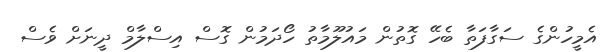
އެމީހުންގެ ސަގާފަތާ ބެހޭ ގޮތުން މައުލޫމާތު ހޯދަމުން ގޮސް އިސްލާމް ދީނަށް ވެސް